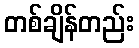
တစ်ချိန်တည်း